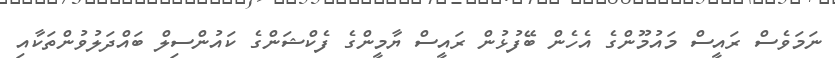
ނަމަވެސް ރައީސް މައުމޫންގެ އެހެން ބޭފުޅުން ރައީސް ޔާމީންގެ ފެކްޝަންގެ ކައުންސިލް ބައްދަލުވުންތަކާއި